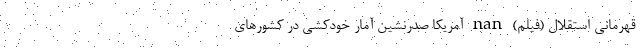
قهرمانی استقلال (فیلم) nan آمریکا صدرنشین آمار خودکشی در کشورهای